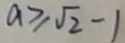
a \geq \sqrt { 2 } - 1